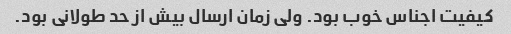
کیفیت اجناس خوب بود. ولی زمان ارسال بیش از حد طولانی بود.